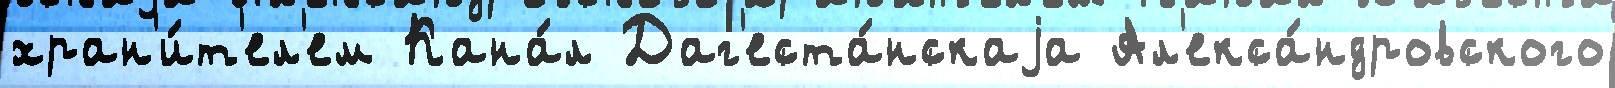
хран'и́т'ел'ем Кана́л Даг'еста́нскаjа Ал'екса́ндровского